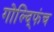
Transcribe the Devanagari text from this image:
गोल्द्फिंच